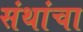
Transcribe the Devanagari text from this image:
संथांचा